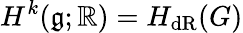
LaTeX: H^{k}({\mathfrak{g}};\mathbb{R})=H_{\mathrm{dR}}(G)